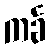
ကင်္ခ